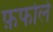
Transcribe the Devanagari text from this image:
फ़फोले